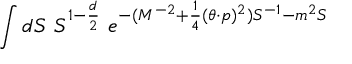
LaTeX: \int { d S ~ S ^ { 1 - { \frac { d } { 2 } } } ~ e ^ { - ( M ^ { - 2 } + \frac { 1 } { 4 } ( \theta \cdot p ) ^ { 2 } ) S ^ { - 1 } - m ^ { 2 } S } }